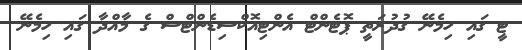
ޓީ ގައި ހިމެނޭ ގުދުރަތީ ޕޮޓެންޓް އެންޓިއޮކްސިޑެންޓްސް ގެ މާއްދާ ގައި ހިމެނޭ